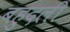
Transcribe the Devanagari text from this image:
बहुदली